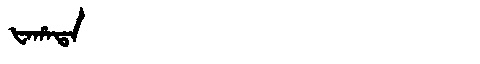
Manchu: ᡶᠠᡥᠠᡨᠠ
Romanization: FAHATA